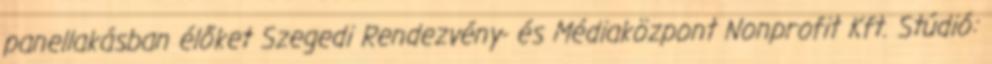
panellakásban élőket Szegedi Rendezvény- és Médiaközpont Nonprofit Kft. Stúdió: